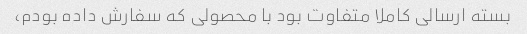
بسته ارسالی کاملا متفاوت بود با محصولی که سفارش داده بودم،